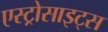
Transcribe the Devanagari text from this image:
एस्ट्रोसाइट्स